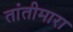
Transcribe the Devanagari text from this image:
तांतीमारा